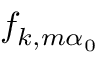
f _ { k , m \alpha _ { 0 } }